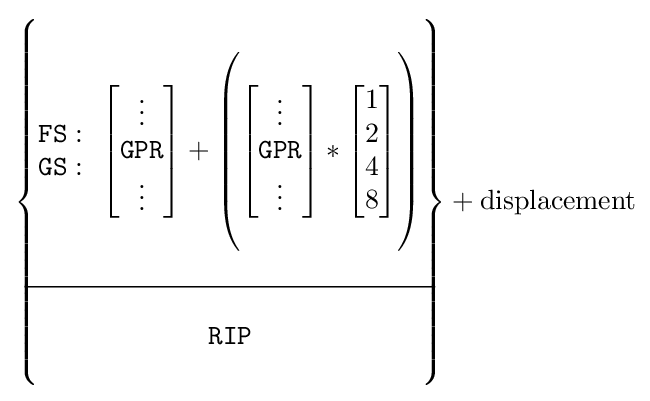
{\begin{Bmatrix}\\{\begin{matrix}{\mathtt {FS}}:\\{\mathtt {GS}}:\end{matrix}}\ \ {\begin{bmatrix}\vdots \\{\mathtt {GPR}}\\\vdots \end{bmatrix}}+{\begin{pmatrix}\\{\begin{bmatrix}\vdots \\{\mathtt {GPR}}\\\vdots \\\end{bmatrix}}*{\begin{bmatrix}1\\2\\4\\8\end{bmatrix}}\\\\\end{pmatrix}}\\\\\hline \\{\begin{matrix}{\mathtt {RIP}}\end{matrix}}\\\\\end{Bmatrix}}+{\rm {displacement}}